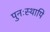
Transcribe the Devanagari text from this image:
पुनःस्थापि